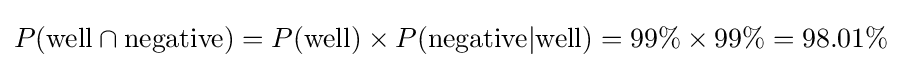
P({\text{well}}\cap {\text{negative}})=P({\text{well}})\times P({\text{negative}}|{\text{well}})=99\%\times 99\%=98.01\%